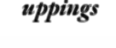
uppings